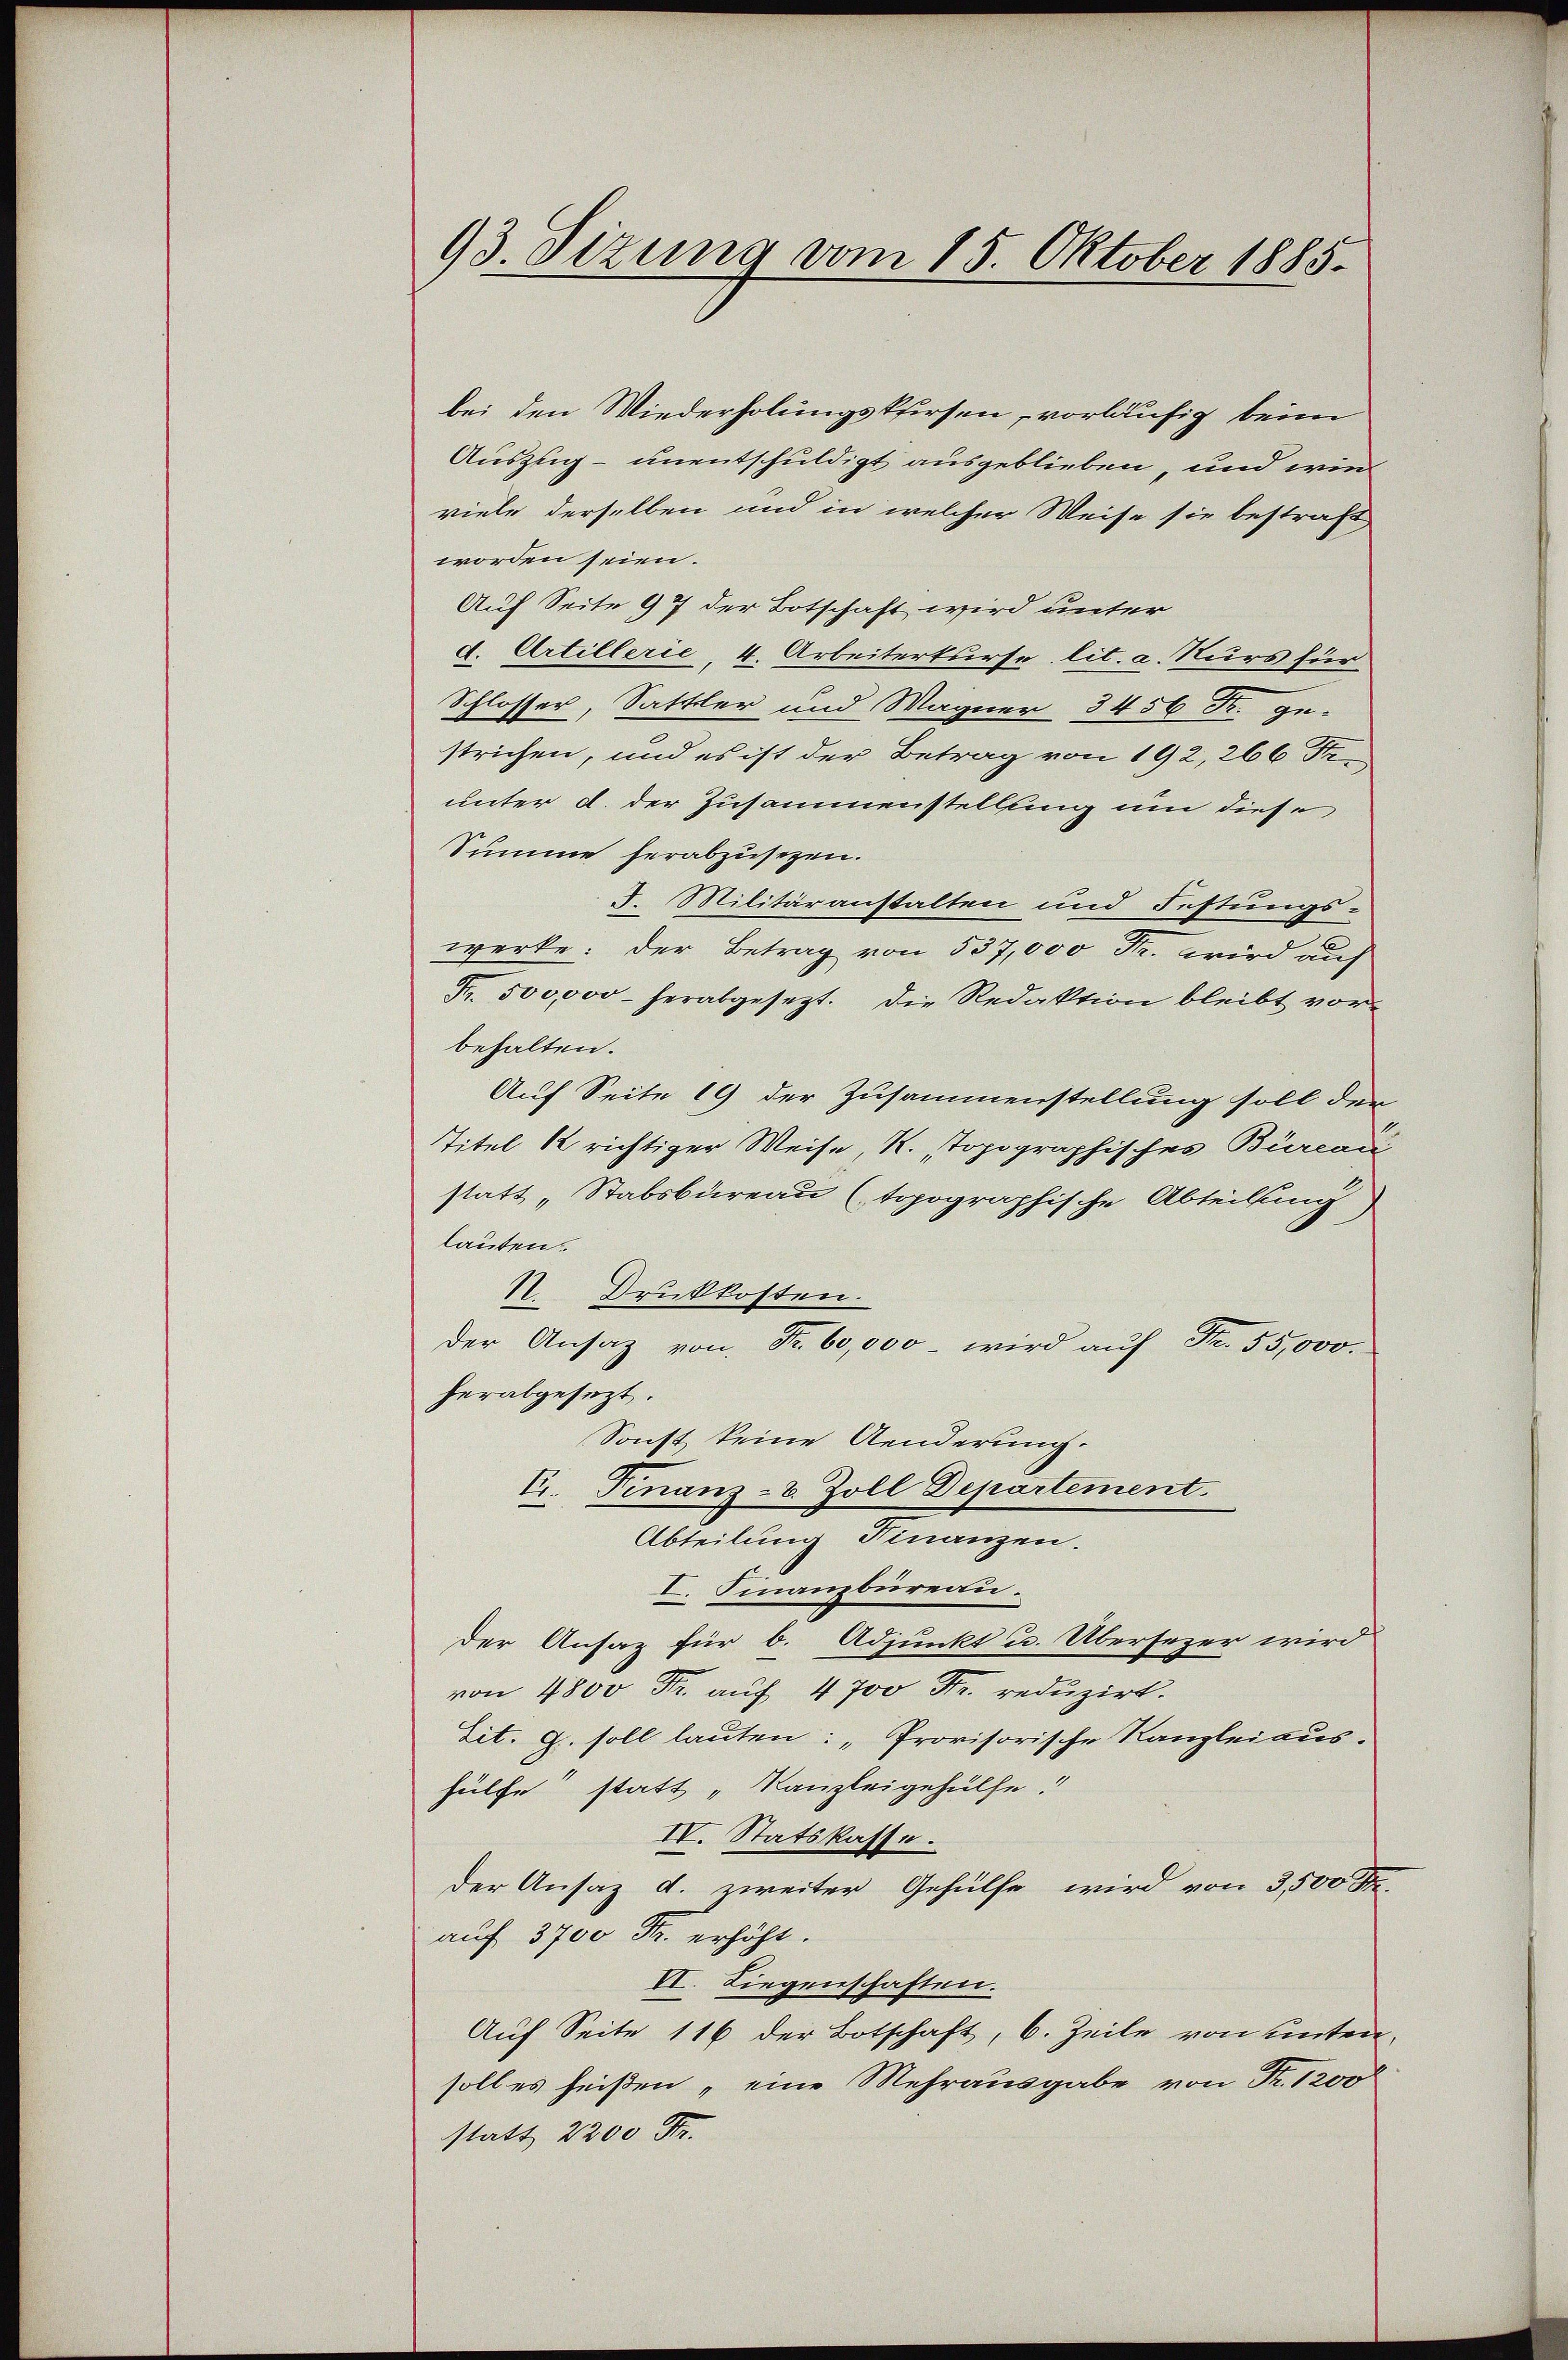
93. Sizung vom 15. Oktober 1885.

bei den Wiederholungskursen, vorläufig beim
Auszug – unentschuldigt ausgeblieben, und wie
viele derselben und in welcher Weise sie bestraft
worden seien.
Auf Seite 97 der Botschaft wird unter
d. Artillerie, 4. Arbeiterkurse lit. a. Nurs für
Schlosser, Sattler und Wagner 3450 Fr.
strichen, und es ist der Betrag von 192, 266 Fr.
unter d. der Zusammenstellung um diese
Summe herabzusetzen.
I. Militäranstalten und Festungs-
werke: der Betrag von 537,000 Fr. wird auf
Fr. 500,000 herabgesezt. Die Redaktion bleibt vorbehalten.
Auf Seite 19 der Zusammenstellung soll der
Titel 12 richtiger Weise, R. topographisches Bureau
statt „Stabsbureau (topographische Abteilung
lauten.
N. Druckkosten.
der Ansaz von Fr. 60,000 - wird auf Fr. 55,000.
herabgesezt.
Sonst keine Aenderung.
E. Finanz-V. Zoll Departement.
Abteilung Finanzen.
I. Finanzbüreau.
der Ansa, für 6. Adjunkt u. Übersezer wird
von 4800 Fr. aŭf 4700 Fr. reduzirt.
tit. G. soll lauten: „Provisorische Kanzleiaushülfe statt „Kanzleigehülfe.
IV. Statskasse.
der Ansaz d. zweiter Gehülfe wird von 3,500 Fr.
auf 3700 Fr. erhöht.
VI. Liegenschaften.
Auf Seite 116 der Botschaft, 6. Zeile von untensoll es heißen „eine Mehrausgabe von Fr. 1200
statt 2200 Fr.